Vital statistics of India. Vol. IV, Annual returns from 1871 to 1876. British Army of India, Native Army and jails of Bengal
Year: 1871
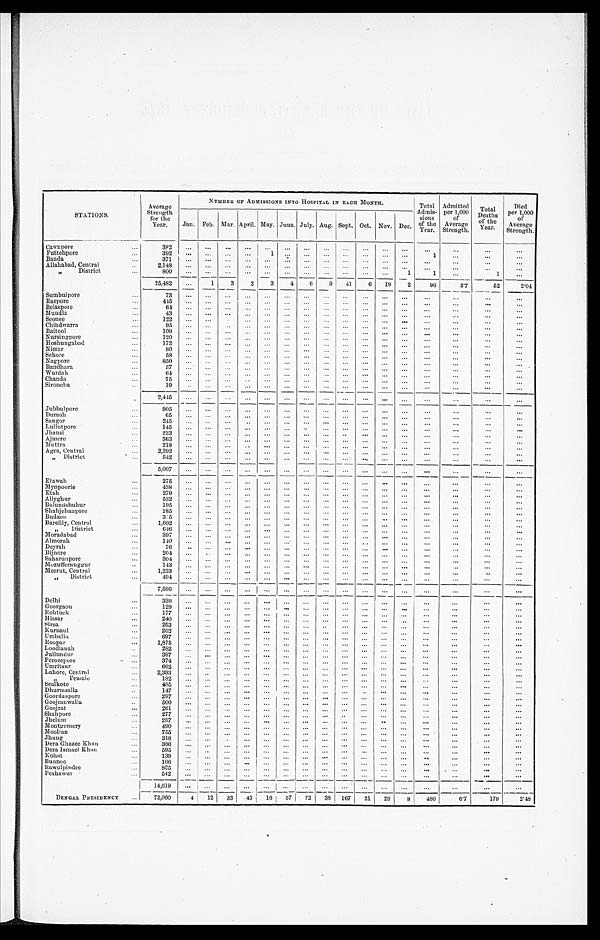
STATIONS.
Average
Strength for the
Year.
NUMBER OF ADMISSIONS INTO HOSPITAL IN EACH MONTH.
Total
Admis- sions
of the
Year.
Admitted per 1,000
of
Average
Strength.
Total
Deaths of the
Year.
Died
per 1,000 of
Average
Strength.
Jan. Feb. Mar. April. May. June. July. Aug. Sept. Oct. Nov. Dec.
Cawnpore
3 8 2
Futtehpore
392
1
1
Banda
371
Allahabad, Central
2,148
„ District
8 0 0
1
1
1
25,482
1 3 2 3 4
6 9 41 6 19 2
96
37
52
2 . 0 4
Sumbulpore
7 3
Raepore
445
Belaspore
6 4
Mundla
43
Seonee
122
Chindwarra
95
Baitool
109
Nursingpore
120
Hoshungabad
172
Nimar
80
Sehore
58
Nagpore
850
Bandhara
5 7
Wurdah
64
Chanda
75
Sironcha
19
2 , 4 4 5
Jubbulpore
905
Dumoh
6 5
Saugor
245
Lullutpore
145
Jhansi
233
Ajmere
363
Muttra
218
Agra, Central
2 , 2 9 2
„ District
5 4 2
5,007
Etawah
275
Mynpoorie
438
Etah
279
Allyghur
532
Bolundshuhur
1 9 5
Shahjehanpore
285
Budaon
345
Bareilly, Central
1 , 6 0 2
„ District
646
Moradabad
397
Almorah.
140
Deyrah
76
Bijnore
204
Saharunpore
3 0 4
Mozuffernuggur
143
Meerut, Central
1,223
„ District
494
7,586
Delhi
338
Goorgaon
129
Rohtuck
177
Hissar
240
Sirsa
253
Kurnaul
202
Umballa
6 9 7
Roopar
1,875
Loodianah
282
Jullundur
397
Ferozepore
374
Umritsur
662
Lahore, Central
2,393
„ F e m a l e
182
Sealkote
485
Dhurmsalla
147
Goorda spore
297
Goojranwalla
5 0 0
Goojrat
261
Shahpore
277
Jhelum
287
Montgomery
490
Mooltan
755
Jhung
318
Dera Ghazee Khan
386
Dera Ismael Khan
595
Kohat
139
Bunnoo
1 0 6
Rawulpindee
835
P e s h a w u r
542
14,619
BENGAL PRESIDENCY
72,060
4 12 33 43 16 37
7 2 38 167 21 29 8 480
6 . 7
179
2. 48